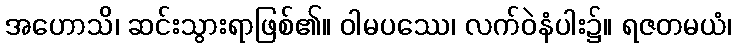
အဟောသိ၊ ဆင်းသွားရာဖြစ်၏။ ဝါမပဿေ၊ လက်ဝဲနံပါး၌။ ရဇတမယံ၊